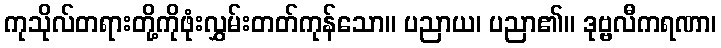
ကုသိုလ်တရားတို့ကိုဖုံးလွှမ်းတတ်ကုန်သော။ ပညာယ၊ ပညာ၏။ ဒုဗ္ဗလီကရဏာ၊